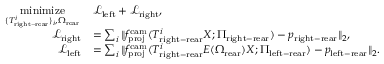
\begin{array} { r l } { \underset { \{ T _ { \mathrm { r i g h t - r e a r } } ^ { i } \} _ { i } , \Omega _ { \mathrm { r e a r } } } { \mathrm { m i n i m i z e } } \, } & { \mathcal { L } _ { \mathrm { l e f t } } + \mathcal { L } _ { \mathrm { r i g h t } } , } \\ { \mathcal { L } _ { \mathrm { r i g h t } } } & { = \sum _ { i } \| f _ { \mathrm { p r o j } } ^ { \mathrm { c a m } } ( T _ { \mathrm { r i g h t - r e a r } } ^ { i } X ; \Pi _ { \mathrm { r i g h t - r e a r } } ) - p _ { \mathrm { r i g h t - r e a r } } \| _ { 2 } , } \\ { \mathcal { L } _ { \mathrm { l e f t } } } & { = \sum _ { i } \| f _ { \mathrm { p r o j } } ^ { \mathrm { c a m } } ( T _ { \mathrm { r i g h t - r e a r } } ^ { i } E ( \Omega _ { \mathrm { r e a r } } ) X ; \Pi _ { \mathrm { l e f t - r e a r } } ) - p _ { \mathrm { l e f t - r e a r } } \| _ { 2 } . } \end{array}